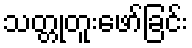
သတ္တုတူးဖော်ခြင်း